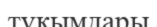
түқымдары